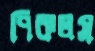
পিকলস